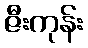
ဇီးကုန်း